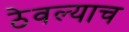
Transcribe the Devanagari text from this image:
ठेवल्याच